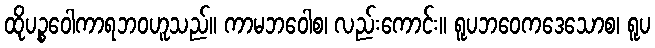
ထိုပဉ္စဝေါကာရဘဝဟူသည်။ ကာမဘဝေါစ၊ လည်းကောင်း။ ရူပဘဝေကဒေသောစ၊ ရူပ